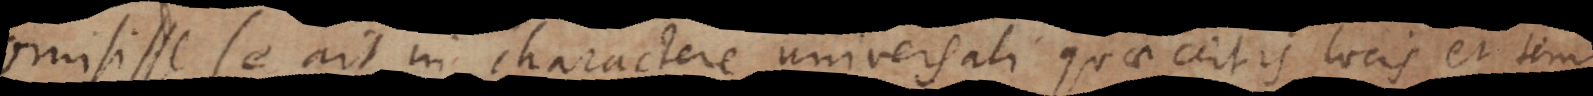
Omisisse se ait in Charactere universali quae certis locis et tempor